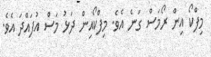
މިފްކޯ އިން ރޯމަސް ގަނެ އެވެ. މިފްކޯއިން ދަޅު މަސް އުފައްދަ އެވެ.